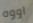
اووه